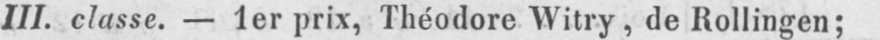
III. classe. - 1er prix, Théodore Witry, de Rollingen;